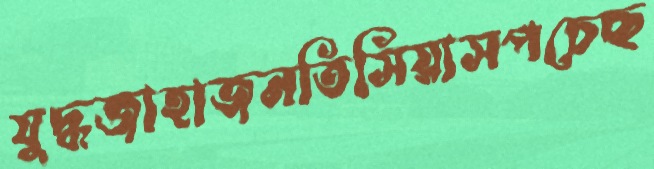
যুদ্ধজাহাজনতিসিয়াসপচেছ